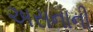
અસનાની